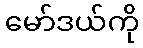
မော်ဒယ်ကို